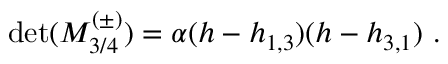
\operatorname * { d e t } ( { \cal M } _ { 3 / 4 } ^ { ( \pm ) } ) = \alpha ( h - h _ { 1 , 3 } ) ( h - h _ { 3 , 1 } ) { } ~ .